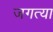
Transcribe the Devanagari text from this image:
जगत्या